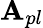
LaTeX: \mathbf{A}_{pl}